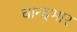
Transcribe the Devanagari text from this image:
चान्दभार